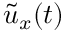
\tilde { u } _ { x } ( t )